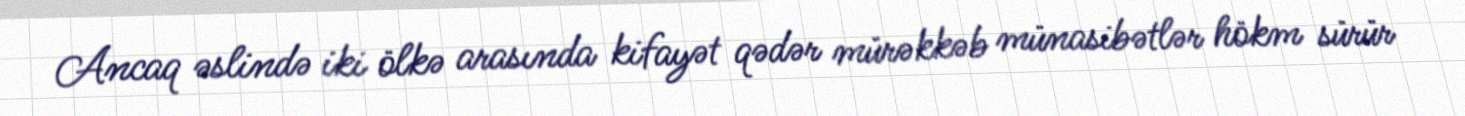
Ancaq əslində iki ölkə arasında kifayət qədər mürəkkəb münasibətlər hökm sürür